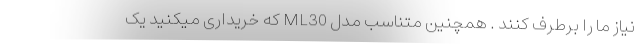
نیاز ما را برطرف کنند . همچنین متناسب مدل ML30 که خریداری میکنید یک